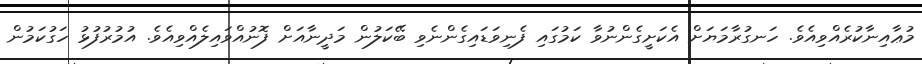
މުޢާއިނާކުރެއްވިއެވެ. ހަނގުރާމަޔަށް އެކަށީގެންނުވާ ކަމުގައި ފެނިވަޑައިގެންނެވި ބޭކަލުން މަދީނާއަށް ފޮނުއްވައިލެއްވިއެވެ. އުމުރުފުޅު ހަގުކަމުން